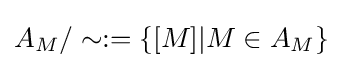
A_{M}/\sim :=\{[M]|M\in A_{M}\}